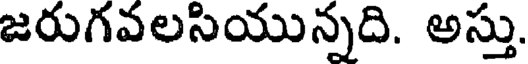
జరుగవలసియున్నది. అస్తు.